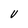
Character: V